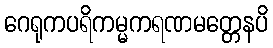
ဂေရုကပရိကမ္မကရဏမတ္တေနပိ